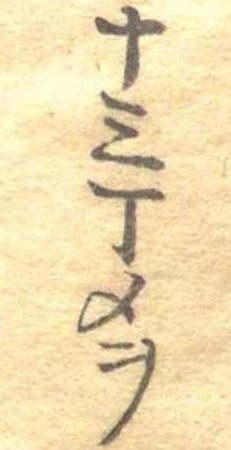
十三丁メヲ